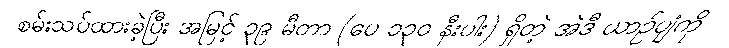
စမ်းသပ်ထားခဲ့ပြီး အမြင့် ၃၉ မီတာ (ပေ ၁၃၀ နီးပါး) ရှိတဲ့ အဲဒီ ယာဉ်ပျံကို